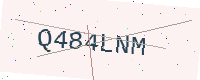
Text: Q484LNM